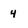
Character: 4